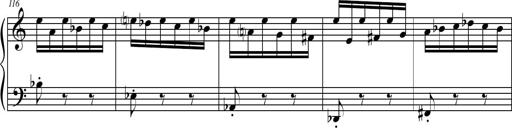
Title: Petite Sonatine
Composer: Richard St. Clair